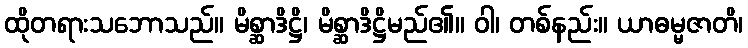
ထိုတရားသဘောသည်။ မိစ္ဆာဒိဋ္ဌိ၊ မိစ္ဆာဒိဋ္ဌိမည်၏။ ဝါ၊ တစ်နည်း။ ယာဓမ္မဇာတိ၊